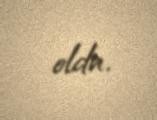
oldu.